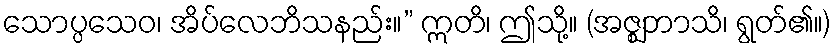
သောပ္ပသေဝ၊ အိပ်လေဘိသနည်း။” ဣတိ၊ ဤသို့။ (အဇ္ဈဘာသိ၊ ရွတ်၏။)